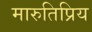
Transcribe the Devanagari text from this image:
मारुतिप्रिय